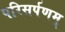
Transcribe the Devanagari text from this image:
परिसर्पणम्